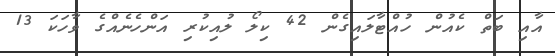
އާއި ބަތް ކެއުން ހުއްޓާލައިގެން 42 ކިލޯ ލުއިކުރި އަންހެނެއްގެ ވާހަކަ 13